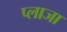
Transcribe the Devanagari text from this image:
प्‍लाजा